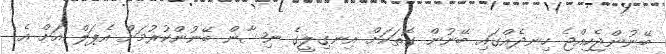
ބޭނުންޖެހިއްޖެ ހިނދެއްގައި ބޭނުން ގޮތަކަށް އިނގިލީގެ ނިޝާން ބޭނުންކުރުމަށް އެޕަލް އަށް އެ